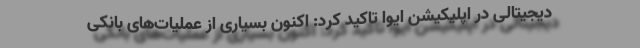
دیجیتالی در اپلیکیشن ایوا تاکید کرد: اکنون بسیاری از عملیات‌های بانکی